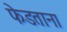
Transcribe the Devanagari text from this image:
फेडताना